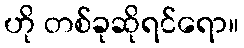
ဟို တစ်ခုဆိုရင်ရော။